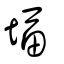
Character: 堛